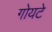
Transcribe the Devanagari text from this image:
गोयटे